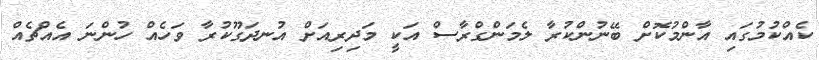
ކެއްކުމުގައި އާންމުކޮށް ބޭނުންކުރާ ލެމަންގްރާސް އަކީ މަދިރިއަށް އުނދަގޫކުރާ ވަހެއް ހުންނަ އެއްޗެއް